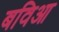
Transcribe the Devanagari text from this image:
बविआ